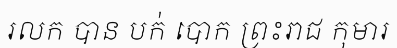
រលក បាន បក់ បោក ព្រះរាជ កុមារ